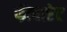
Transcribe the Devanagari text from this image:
फीचारेट